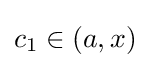
c_{1}\in (a,x)